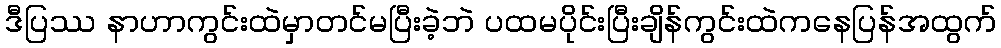
ဒီပြဿ နာဟာကွင်းထဲမှာတင်မပြီးခဲ့ဘဲ ပထမပိုင်းပြီးချိန်ကွင်းထဲကနေပြန်အထွက်